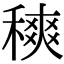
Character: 𥡠